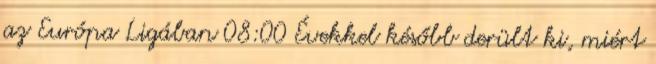
az Európa Ligában 08:00 Évekkel később derült ki, miért